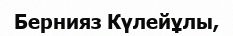
Бернияз Күлейұлы,